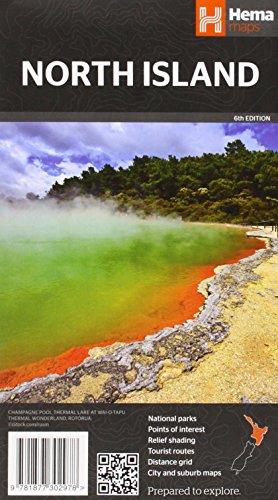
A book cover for North Island- New Zeland Hema 6th; Hema Maps Pty.Ltd; Travel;